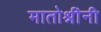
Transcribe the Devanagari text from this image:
मातोश्रींनी